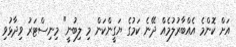
އަށް ކޮންމެ އެއްބާރުލުމެއް ދޭނެ ކަމުގެ ޔަގީންކަން މި ލިބުނީ" މިނިސްޓަރު ވިދާޅުވި